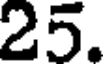
25.